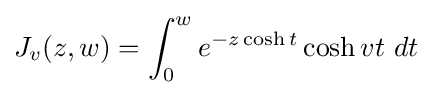
J_{v}(z,w)=\int _{0}^{w}e^{-z\cosh t}\cosh vt~dt